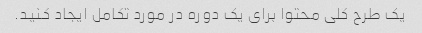
یک طرح کلی محتوا برای یک دوره در مورد تکامل ایجاد کنید.